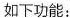
如下功能：